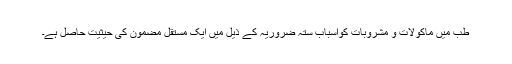
طب میں ماکولات و مشروبات کواسباب ستہ ضروریہ کے ذیل میں ایک مستقل مضمون کی حیثیت حاصل ہے۔